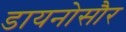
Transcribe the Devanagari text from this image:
डायनोसौर